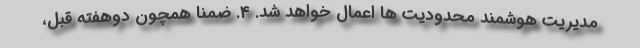
مدیریت هوشمند محدودیت ها اعمال خواهد شد. 4. ضمناً همچون دوهفته قبل،